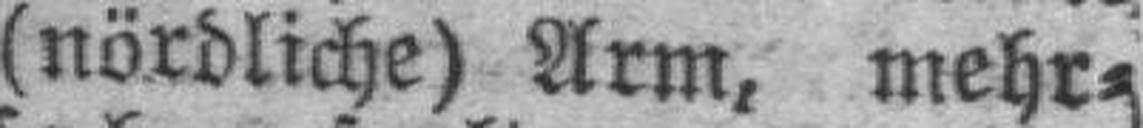
(nördliche) Arm, mehr¬